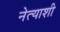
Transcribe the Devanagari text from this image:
नेत्याशी